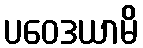
ပဝေဒယာမိ